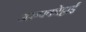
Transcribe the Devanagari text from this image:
अरुपकोट्टाई